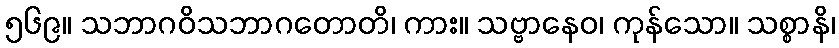
၅၆၉။ သဘာဂဝိသဘာဂတောတိ၊ ကား။ သဗ္ဗာနေဝ၊ ကုန်သော။ သစ္စာနိ၊